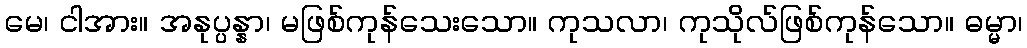
မေ၊ ငါအား။ အနုပ္ပန္နာ၊ မဖြစ်ကုန်သေးသော။ ကုသလာ၊ ကုသိုလ်ဖြစ်ကုန်သော။ ဓမ္မာ၊